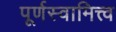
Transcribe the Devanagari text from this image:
पूर्णस्वामित्त्व